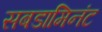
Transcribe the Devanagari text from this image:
सबडामिनंट